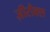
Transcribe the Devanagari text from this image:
ज़ीरौक्स